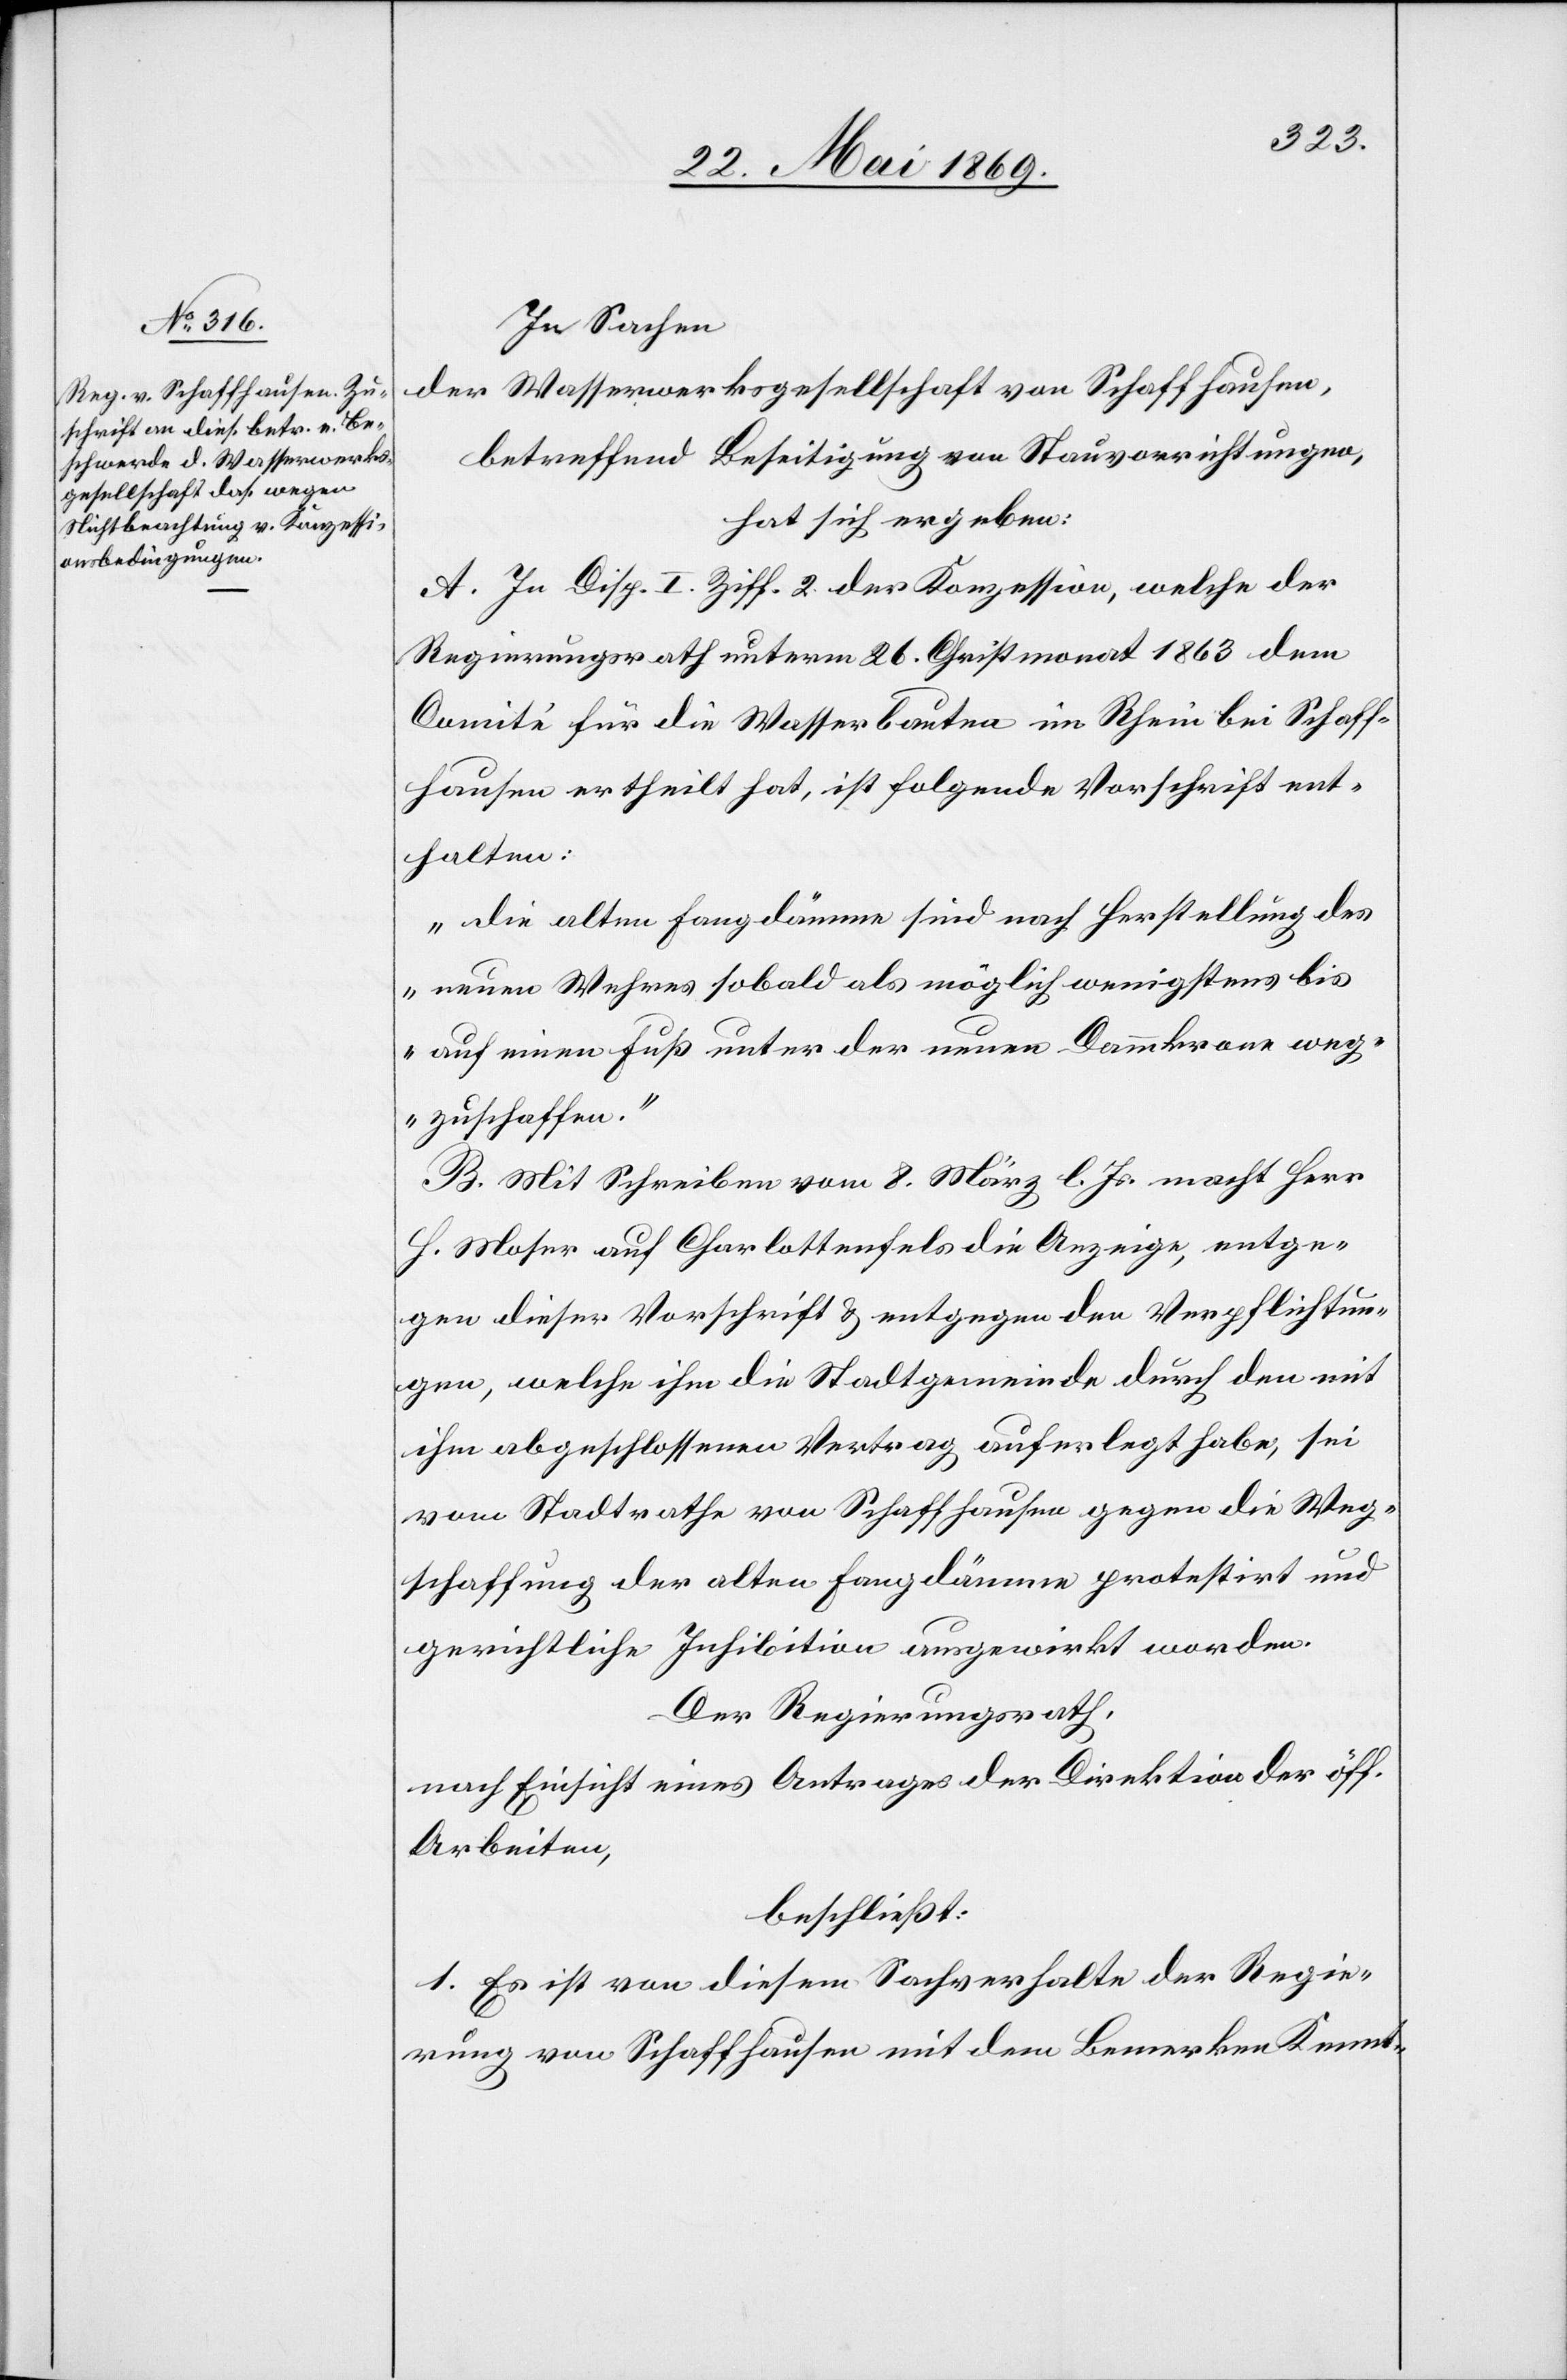
In Sachen
der Wasserwerksgesellschaft von Schaffhausen,
betreffend Beseitigung von Stauvorrichtungen,
hat sich ergeben:
A. In Disp. I Ziff. 2 der Konzession, welche der
Regierungsrath unterm 26. Christmonat 1863 dem
Comité für die Wasserbauten im Rhein bei Schaff¬
hausen ertheilt hat, ist folgende Vorschrift ent¬
halten:
„Die alten Fangdämme sind nach Herstellung des
neuen Wuhres sobald als möglich wenigstens bis
auf einen Fuß unter der neuen Dammkrane weg¬
zuschaffen.“
B. Mit Schreiben vom 8. März d. Js. macht Herr
H. Moser auf Charlottenfels die Anzeige, entge¬
gen dieser Vorschrift u. entgegen den Verpflichtun¬
gen, welche ihm die Stadtgemeinde durch den mit
ihm abgeschlossenen Vertrag auferlegt habe, sei
vom Stadtrathe von Schaffhausen gegen die Weg¬
schaffung der alten Fangdämme protestirt und
gerichtliche Inhibition ausgewirkt worden.
Der Regierungsrath,
nach Einsicht eines Antrages der Direktion der öff.
Arbeiten,
beschließt:
1. Es ist von diesem Sachverhalte der Regie¬
rung von Schaffhausen mit dem Bemerken Kennt-